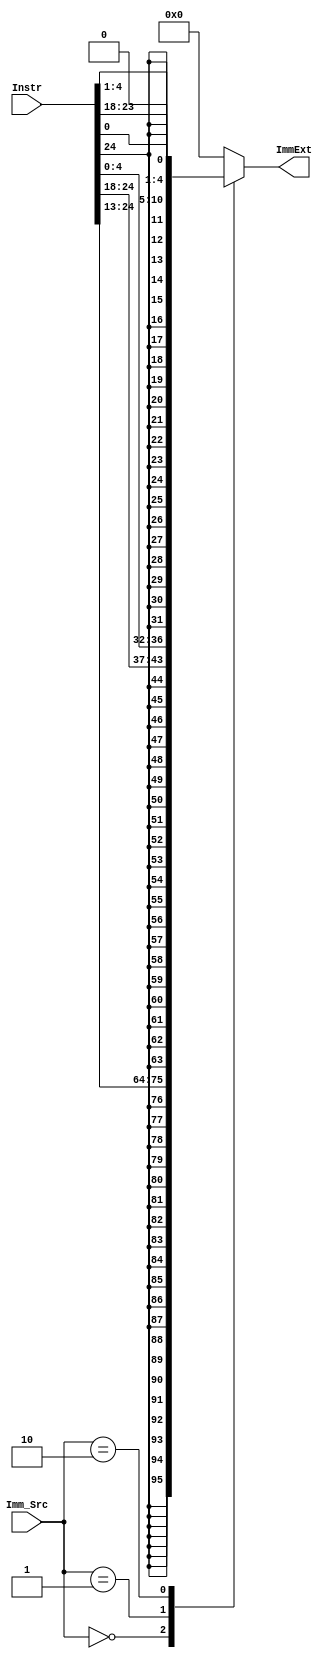
module sign_extend(
input [31:7]Instr,
input [1:0]Imm_Src,
output reg [31:0] ImmExt
);

always @ (*)begin
	case(Imm_Src)
	2'b00:ImmExt={ {20{Instr[31]} },Instr[31:20]};
	2'b01:ImmExt={ {20{Instr[31]} },Instr[31:25],Instr[11:7]};
	2'b10:ImmExt={ {20{Instr[31]} },Instr[7],Instr[30:25],Instr[11:8],1'b0};
	default:ImmExt=0;
	endcase
end
endmodule